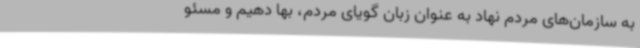
به سازمان‌های مردم نهاد به عنوان زبان گویای مردم، بها دهیم و مسئو